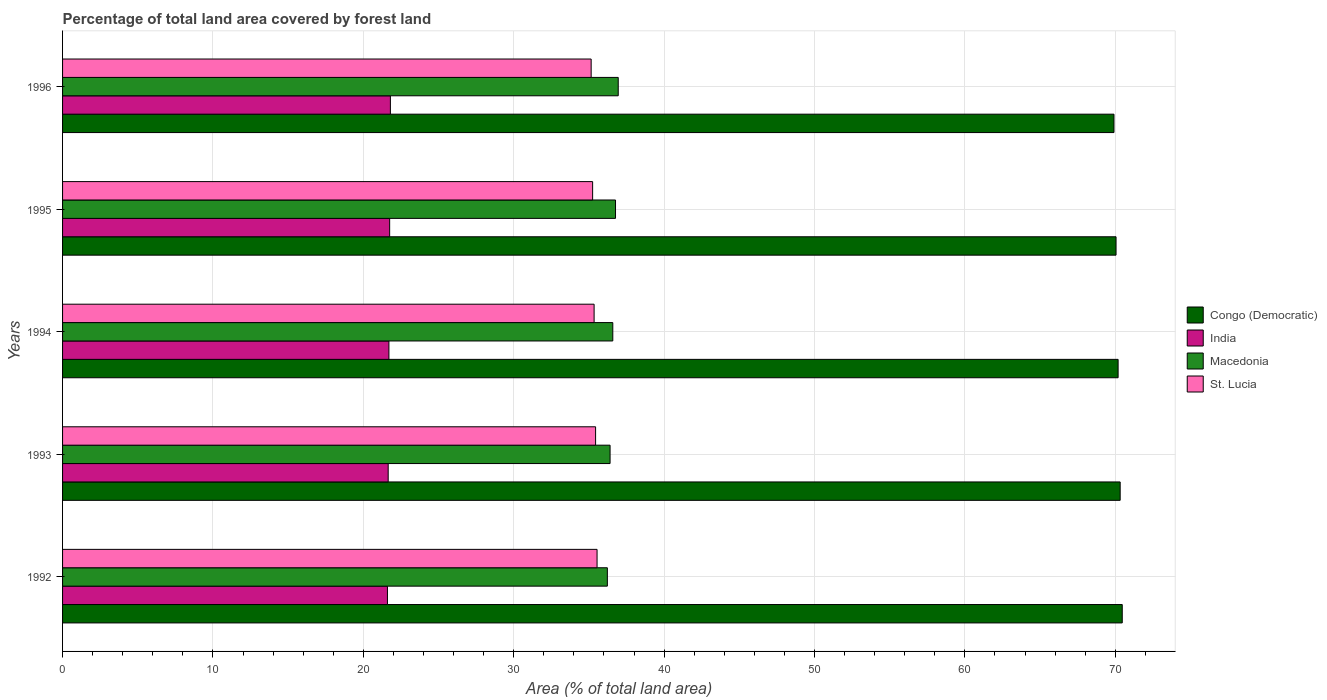
| Years | Congo (Democratic) | India | Macedonia | St. Lucia |
 | --- | --- | --- | --- | --- |
 | 1992 | 70.5 | 21.6 | 36.2 | 35.5 |
 | 1993 | 70.3 | 21.7 | 36.4 | 35.4 |
 | 1994 | 70.2 | 21.7 | 36.6 | 35.3 |
 | 1995 | 70 | 21.7 | 36.8 | 35.2 |
 | 1996 | 69.9 | 21.8 | 36.9 | 35.1 |